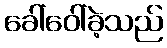
ခေါ်ဝေါ်ခဲ့သည်